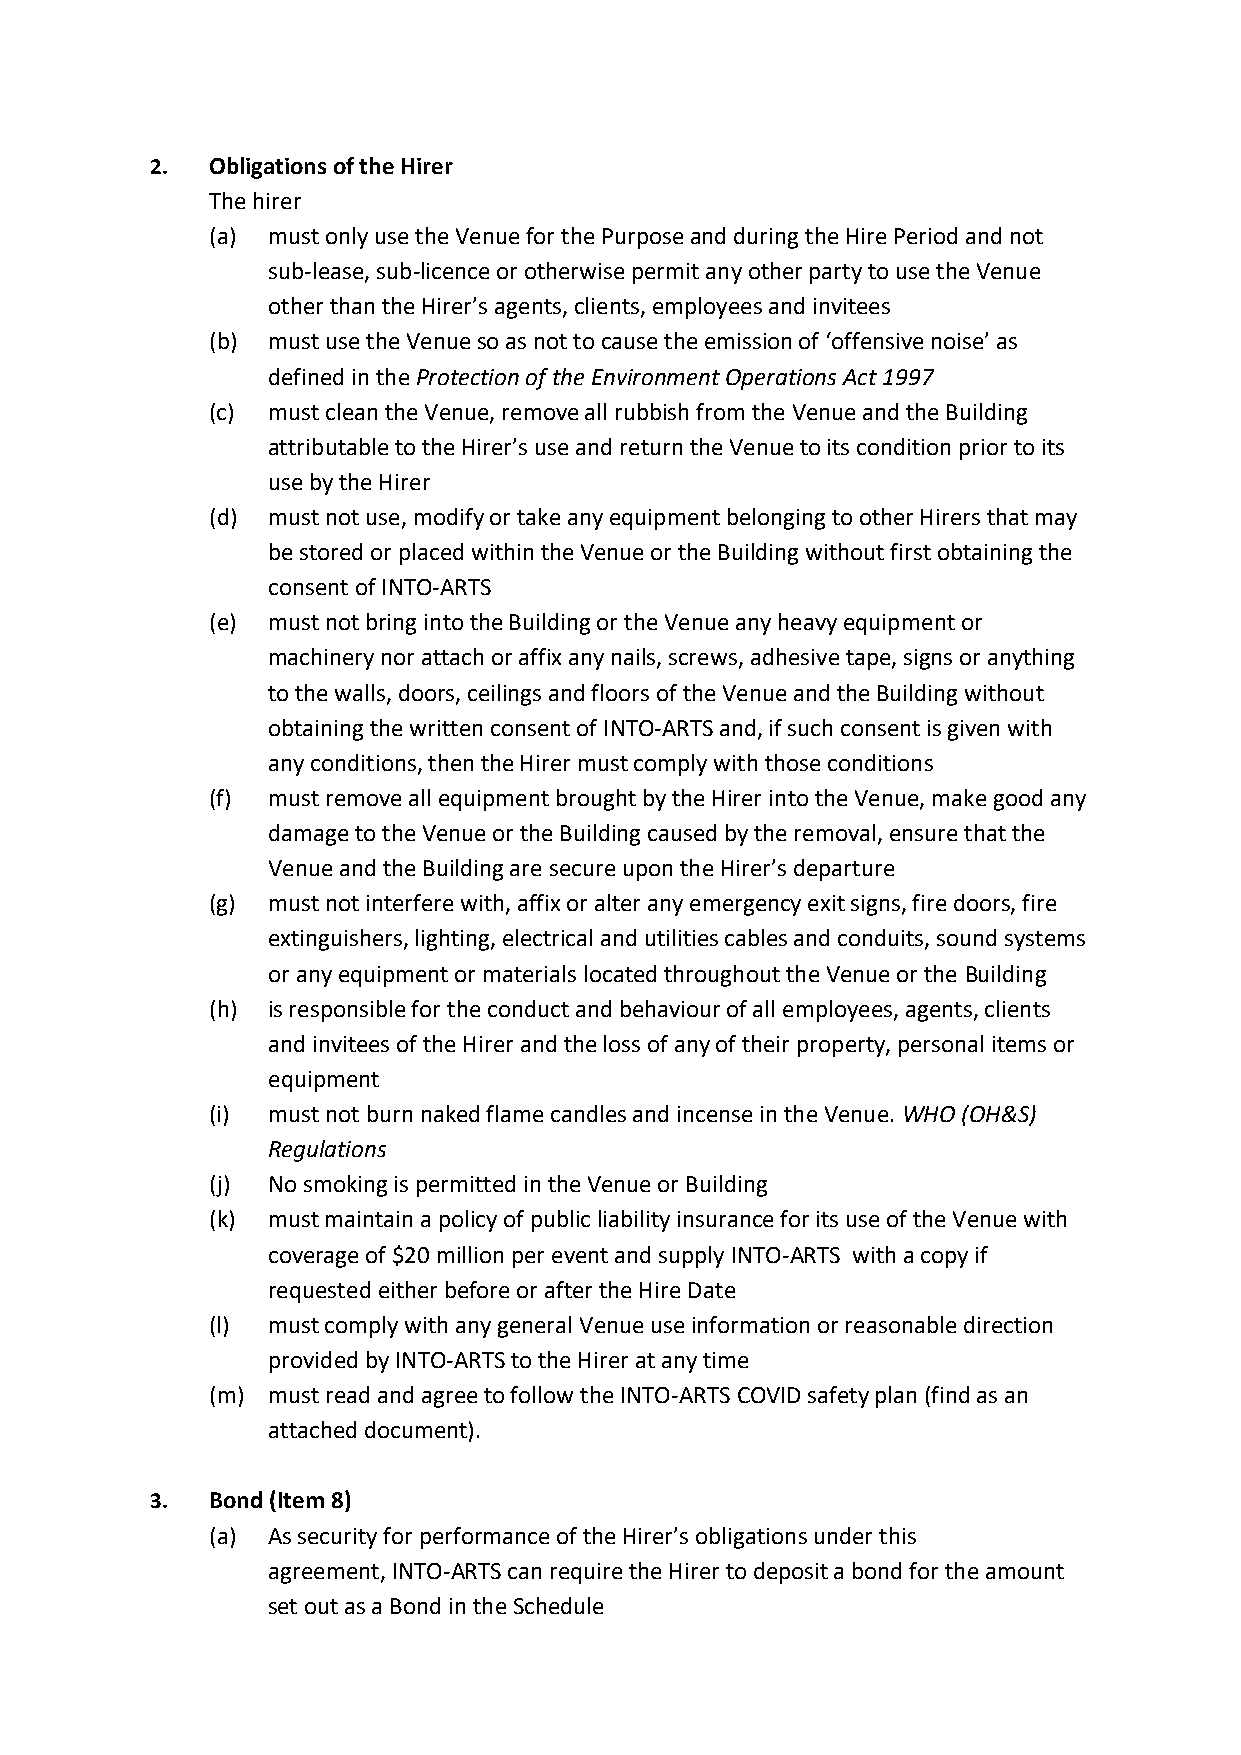
2.  Obligations of the Hirer
 The hirer
 (a) must only use the Venue for the Purpose and during the Hire Period and not
 sub-lease, sub-licence or otherwise permit any other party to use the Venue
 other than the Hirer’s agents, clients, employees and invitees
 (b) must use the Venue so as not to cause the emission of ‘offensive noise’ as
 defined in the Protection of the Environment Operations Act 1997
 (c) must clean the Venue, remove all rubbish from the Venue and the Building
 attributable to the Hirer’s use and return the Venue to its condition prior to its
 use by the Hirer
 (d) must not use, modify or take any equipment belonging to other Hirers that may
 be stored or placed within the Venue or the Building without first obtaining the
 consent of INTO-ARTS
 (e) must not bring into the Building or the Venue any heavy equipment or
 machinery nor attach or affix any nails, screws, adhesive tape, signs or anything
 to the walls, doors, ceilings and floors of the Venue and the Building without
 obtaining the written consent of INTO-ARTS and, if such consent is given with
 any conditions, then the Hirer must comply with those conditions
 (f) must remove all equipment brought by the Hirer into the Venue, make good any
 damage to the Venue or the Building caused by the removal, ensure that the
 Venue and the Building are secure upon the Hirer’s departure
 (g) must not interfere with, affix or alter any emergency exit signs, fire doors, fire
 extinguishers, lighting, electrical and utilities cables and conduits, sound systems
 or any equipment or materials located throughout the Venue or the Building
 (h) is responsible for the conduct and behaviour of all employees, agents, clients
 and invitees of the Hirer and the loss of any of their property, personal items or
 equipment
 (i) must not burn naked flame candles and incense in the Venue. WHO (OH&S)
 Regulations
 (j) No smoking is permitted in the Venue or Building
 (k) must maintain a policy of public liability insurance for its use of the Venue with
 coverage of $20 million per event and supply INTO-ARTS with a copy if
 requested either before or after the Hire Date
 (l) must comply with any general Venue use information or reasonable direction
 provided by INTO-ARTS to the Hirer at any time
 (m) must read and agree to follow the INTO-ARTS COVID safety plan (find as an
 attached document).
 3.  Bond (Item 8)
 (a) As security for performance of the Hirer’s obligations under this
 agreement, INTO-ARTS can require the Hirer to deposit a bond for the amount
 set out as a Bond in the Schedule